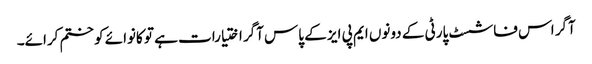
آگر اس فاشسٹ پارٹی کے دونوں ایم پی ایز کے پاس آگر اختیارات ہے تو کانوائے کو ختم کرائے۔